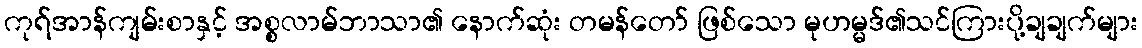
ကုရ်အာန်ကျမ်းစာနှင့် အစ္စလာမ်ဘာသာ၏ နောက်ဆုံး တမန်တော် ဖြစ်သော မုဟမ္မဒ်၏သင်ကြားပို့ချချက်များ